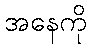
အနေကို